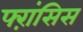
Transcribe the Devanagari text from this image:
फ्ऱांसिस